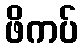
ဖိကပ်